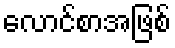
လောင်စာအဖြစ်